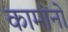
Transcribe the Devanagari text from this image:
कामांनो